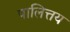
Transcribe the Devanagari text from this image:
पालित्तय